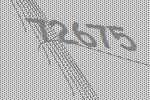
72675